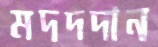
মদদদান